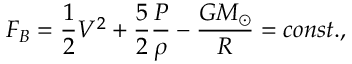
F _ { B } = \frac { 1 } { 2 } V ^ { 2 } + \frac { 5 } { 2 } \frac { P } { \rho } - \frac { G M _ { \odot } } { R } = c o n s t . ,